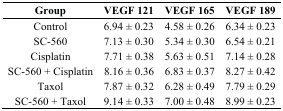
<table><thead><tr><td><b>Group</b></td><td><b>VEGF 121</b></td><td><b>VEGF 165</b></td><td><b>VEGF 189</b></td></tr></thead><tbody><tr><td>Control</td><td>6.94 ± 0.23</td><td>4.58 ± 0.26</td><td>6.34 ± 0.23</td></tr><tr><td>SC-560</td><td>7.13 ± 0.30</td><td>5.34 ± 0.30</td><td>6.54 ± 0.21</td></tr><tr><td>Cisplatin</td><td>7.71 ± 0.38</td><td>5.63 ± 0.51</td><td>7.14 ± 0.28</td></tr><tr><td>SC-560 + Cisplatin</td><td>8.16 ± 0.36</td><td>6.83 ± 0.37</td><td>8.27 ± 0.42</td></tr><tr><td>Taxol</td><td>7.87 ± 0.32</td><td>6.28 ± 0.49</td><td>7.79 ± 0.29</td></tr><tr><td>SC-560 + Taxol</td><td>9.14 ± 0.33</td><td>7.00 ± 0.48</td><td>8.99 ± 0.23</td></tr></tbody></table>